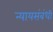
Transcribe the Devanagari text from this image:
न्यायसंबंधी